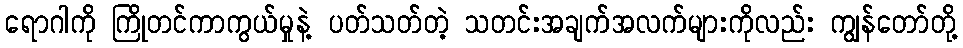
ရောဂါကို ကြိုတင်ကာကွယ်မှုနဲ့ ပတ်သတ်တဲ့ သတင်းအချက်အလက်များကိုလည်း ကျွန်တော်တို့